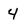
Character: 4